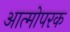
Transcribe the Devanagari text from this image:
आत्मोपरक